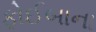
ફોઈબાના